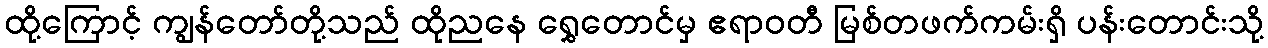
ထို့ကြောင့် ကျွန်တော်တို့သည် ထိုညနေ ရွှေတောင်မှ ဧရာဝတီ မြစ်တဖက်ကမ်းရှိ ပန်းတောင်းသို့